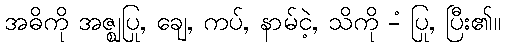
အဓိကို အဇ္ဈပြု, ချေ, ကပ်, နာမ်ငဲ့, သိကို -ံ ပြု, ပြီး၏။